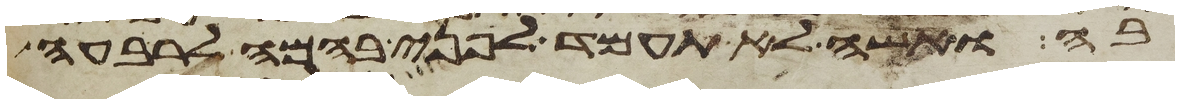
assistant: בה ואשה לא תעמד לפני בהמה לרבעה